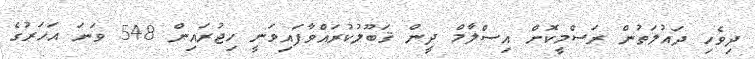
ދިވެހި ދައުލަތުން ރަސްމީކޮށް އިސްލާމް ދީން ޤަބޫލުކުރައްވާފައިވަނީ ހިޖުރައިން 548 ވަނަ އަހަރުގެ